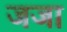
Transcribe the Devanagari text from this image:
जजा